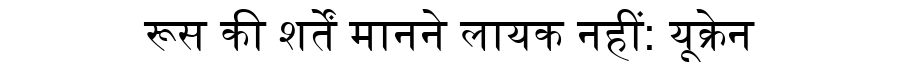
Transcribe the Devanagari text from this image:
रूस की शर्तें मानने लायक नहीं: यूक्रेन